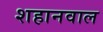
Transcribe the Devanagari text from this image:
शहानवाल